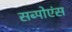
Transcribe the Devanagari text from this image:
सब्पोएंस